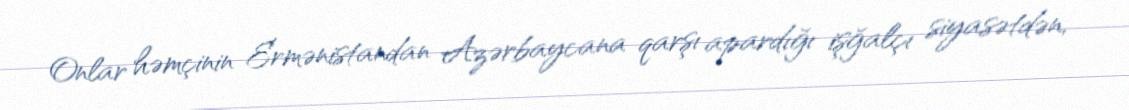
Onlar həmçinin Ermənistandan Azərbaycana qarşı apardığı işğalçı siyasətdən,